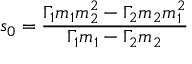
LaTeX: s _ { 0 } = { \frac { \Gamma _ { 1 } m _ { 1 } m _ { 2 } ^ { 2 } - \Gamma _ { 2 } m _ { 2 } m _ { 1 } ^ { 2 } } { \Gamma _ { 1 } m _ { 1 } - \Gamma _ { 2 } m _ { 2 } } }